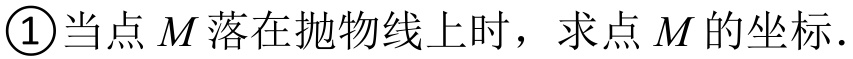
\textcircled{1}当点\(M\)落在抛物线上时，求点\(M\)的坐标.